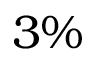
3 \%